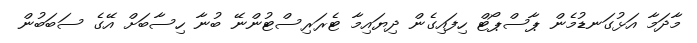
މާދަމާ އަޅުގަނޑުމެން ޕާސްޕޯޓް ހިފައިގެން ދިޔައިމާ ޓެރަރިސްޓުންނޭ ބުނާ ހިސާބަށް އޭގެ ސަބަބުން